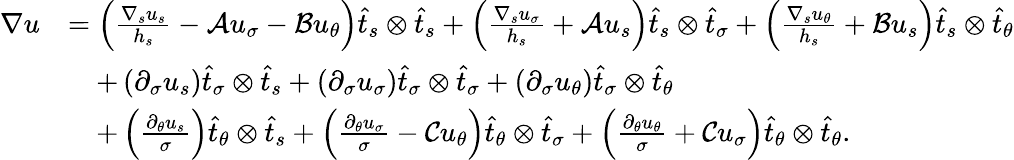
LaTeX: \begin{array}{rl}{\nabla u}&{=\left(\frac{\nabla_{s}u_{s}}{h_{s}}-\mathcal{A}u_{\sigma}-\mathcal{B}u_{\theta}\right)\widehat{t}_{s}\otimes\widehat{t}_{s}+\left(\frac{\nabla_{s}u_{\sigma}}{h_{s}}+\mathcal{A}u_{s}\right)\widehat{t}_{s}\otimes\widehat{t}_{\sigma}+\left(\frac{\nabla_{s}u_{\theta}}{h_{s}}+\mathcal{B}u_{s}\right)\widehat{t}_{s}\otimes\widehat{t}_{\theta}}\\ &{\quad+\left(\partial_{\sigma}u_{s}\right)\widehat{t}_{\sigma}\otimes\widehat{t}_{s}+\left(\partial_{\sigma}u_{\sigma}\right)\widehat{t}_{\sigma}\otimes\widehat{t}_{\sigma}+\left(\partial_{\sigma}u_{\theta}\right)\widehat{t}_{\sigma}\otimes\widehat{t}_{\theta}}\\ &{\quad+\left(\frac{\partial_{\theta}u_{s}}{\sigma}\right)\widehat{t}_{\theta}\otimes\widehat{t}_{s}+\left(\frac{\partial_{\theta}u_{\sigma}}{\sigma}-\mathcal{C}u_{\theta}\right)\widehat{t}_{\theta}\otimes\widehat{t}_{\sigma}+\left(\frac{\partial_{\theta}u_{\theta}}{\sigma}+\mathcal{C}u_{\sigma}\right)\widehat{t}_{\theta}\otimes\widehat{t}_{\theta}.}\end{array}